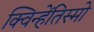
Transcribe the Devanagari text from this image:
क्विन्हेंतिस्मो